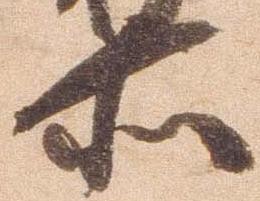
所